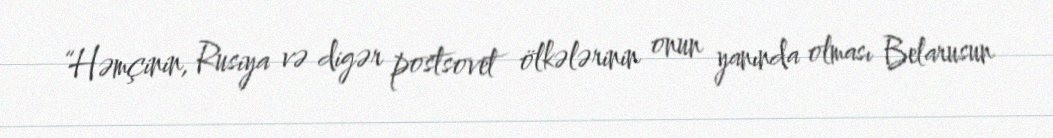
“Həmçinin, Rusiya və digər postsovet ölkələrinin onun yanında olması Belarusun